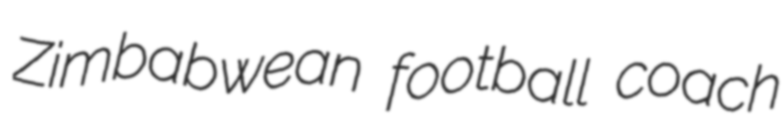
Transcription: Zimbabwean football coach